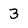
Character: 3